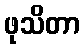
ဖုသိတာ